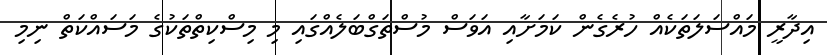
އިދާރީ މައްސަަލަތަކެއް ހުރެގެން ކަމަށާއި އަވަސް މުސްތަގްބަލެއްގައި މި މިސްކިތްތަކުގެ މަސައްކަތް ނިމި